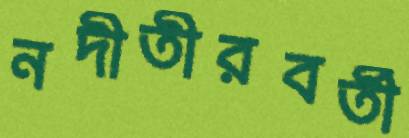
নদীতীরবর্তী